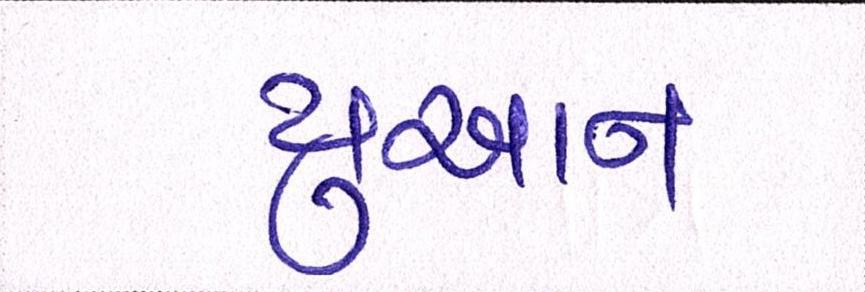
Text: યુઆન